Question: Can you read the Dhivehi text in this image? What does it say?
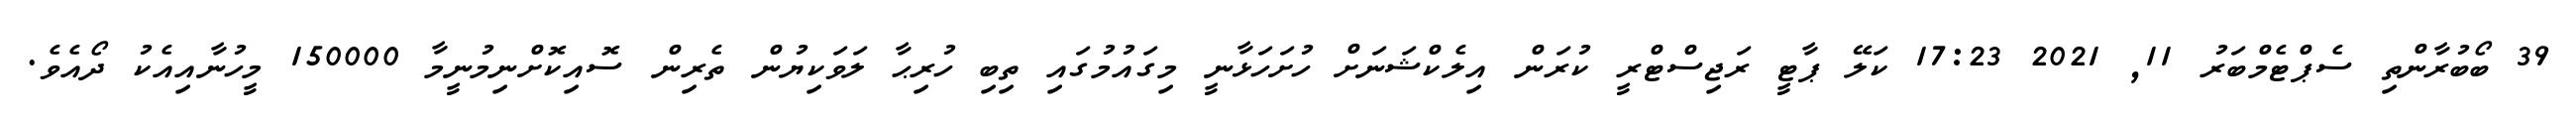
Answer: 39 ބޯބުރާންތި ސެޕްޓެމްބަރު 11, 2021 17:23 ކަލޭ ޕާޓީ ރަޖިސްޓްރީ ކުރަން އިލެކްޝަނަށް ހުށަހަޅާނީ މިގައުމުގައި ތިބި ހުރިޙާ ލަވަކިޔުން ތެރިން ސޮއިކޮށްނިމުނީމާ 150000 މީހުނާއިއެކު ދޯއެވެ.